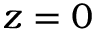
z = 0